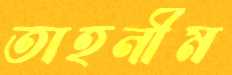
তাহনীম